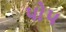
પોપ